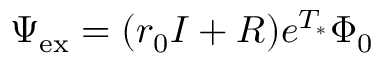
\Psi _ { \mathrm { e x } } = ( r _ { 0 } I + R ) e ^ { T _ { * } } \Phi _ { 0 }